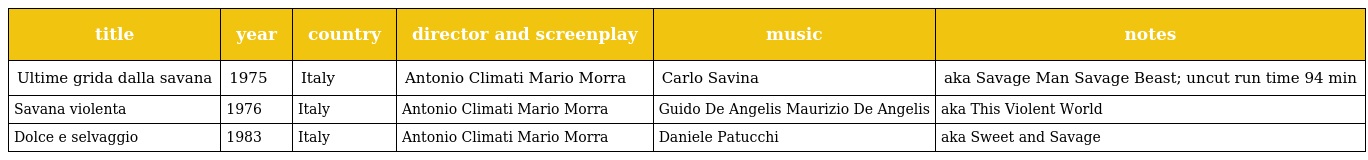
| title | year | country | director and screenplay | music | notes |
 | --- | --- | --- | --- | --- | --- |
 | Ultime grida dalla savana | 1975 | Italy | Antonio Climati Mario Morra | Carlo Savina | aka Savage Man Savage Beast; uncut run time 94 min |
 | Savana violenta | 1976 | Italy | Antonio Climati Mario Morra | Guido De Angelis Maurizio De Angelis | aka This Violent World |
 | Dolce e selvaggio | 1983 | Italy | Antonio Climati Mario Morra | Daniele Patucchi | aka Sweet and Savage |